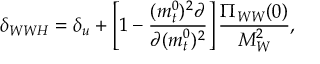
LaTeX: \delta _ { W W H } = \delta _ { u } + \left[ 1 - { \frac { ( m _ { t } ^ { 0 } ) ^ { 2 } \partial } { \partial ( m _ { t } ^ { 0 } ) ^ { 2 } } } \right] { \frac { \Pi _ { W W } ( 0 ) } { M _ { W } ^ { 2 } } } ,